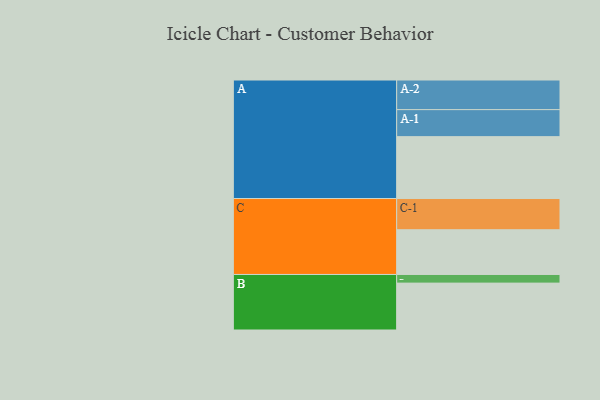
{"axis": {"x": "Segment", "y": "Value"}, "legend": ["", "A", "B", "C"], "data": [{"x": "A", "y": 545, "type": ""}, {"x": "B", "y": 413, "type": ""}, {"x": "C", "y": 394, "type": ""}, {"x": "A-1", "y": 238, "type": "A"}, {"x": "A-2", "y": 261, "type": "A"}, {"x": "B-1", "y": 76, "type": "B"}, {"x": "C-1", "y": 275, "type": "C"}]}